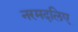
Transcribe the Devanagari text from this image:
नरमदलिए